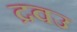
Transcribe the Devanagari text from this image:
द्रवउ